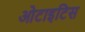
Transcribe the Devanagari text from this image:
ओटाइटिस